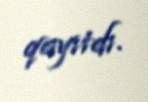
qayıtdı.